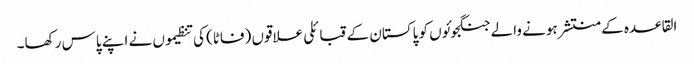
القاعدہ کے منتشر ہونے والے جنگجوئوں کو پاکستان کے قبائلی علاقوں (فاٹا) کی تنظیموں نے اپنے پاس رکھا۔